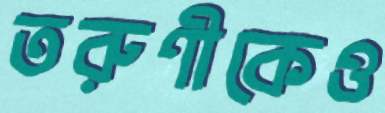
তরুণীকেও